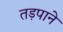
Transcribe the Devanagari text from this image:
तड़पाने